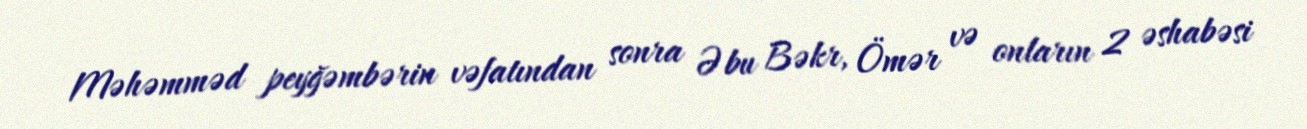
Məhəmməd peyğəmbərin vəfatından sonra Əbu Bəkr, Ömər və onların 2 əshabəsi